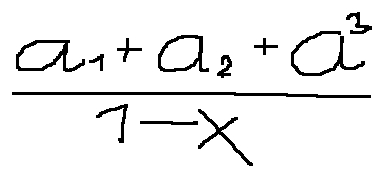
\frac { a _ { 1 } + a _ { 2 } + a ^ { 3 } } { 1 - x }